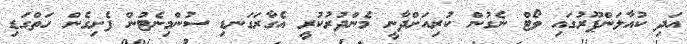
އަދި ކުއާލަންޕޫރުގައި ވޯޓް ނެގުން ކުރިއަށްދާނީ މެންދުރުކުރީ އެގާރަގަނޑި ސުންމިނެޓުން ފެށިގެން ހަތްގަޑި